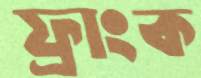
ফ্রাংক